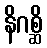
နိဂစ္ဆိ